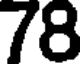
78